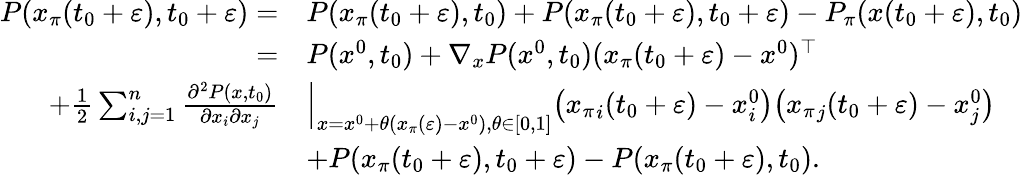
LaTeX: \begin{array}{rl}{P(x_{\pi}(t_{0}+\varepsilon),t_{0}+\varepsilon)=}&{P(x_{\pi}(t_{0}+\varepsilon),t_{0})+P(x_{\pi}(t_{0}+\varepsilon),t_{0}+\varepsilon)-P_{\pi}(x(t_{0}+\varepsilon),t_{0})}\\ {=}&{P(x^{0},t_{0})+\nabla_{x}P(x^{0},t_{0})(x_{\pi}(t_{0}+\varepsilon)-x^{0})^{\top}}\\ {+\frac{1}{2}\sum_{i,j=1}^{n}\frac{\partial^{2}P(x,t_{0})}{\partial x_{i}\partial x_{j}}}&{\Big|_{x=x^{0}+\theta(x_{\pi}(\varepsilon)-x^{0}),\theta\in[0,1]}\big({x_{\pi}}_{i}(t_{0}+\varepsilon)-x_{i}^{0}\big)\big({x_{\pi}}_{j}(t_{0}+\varepsilon)-x_{j}^{0}\big)}\\ &{+P(x_{\pi}(t_{0}+\varepsilon),t_{0}+\varepsilon)-P(x_{\pi}(t_{0}+\varepsilon),t_{0}).}\end{array}